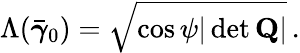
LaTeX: \Lambda(\bar{\boldsymbol{\gamma}}_{0})=\sqrt{\cos\psi|\operatorname*{det}{\mathbf Q}|}\, .